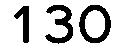
130